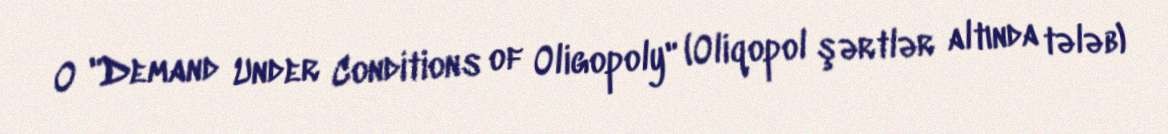
O "Demand Under Conditions of Oligopoly" (Oliqopol şərtlər altında tələb)